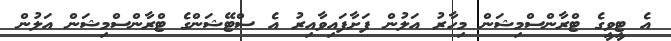
އެ ޓީވީގެ ޓްރާންސްމިޝަން މިހާރު އަލުން ފަށާފައިވާއިރު އެ ސްޓޭޝަންގެ ޓްރާންސްމިޝަން އަލުން